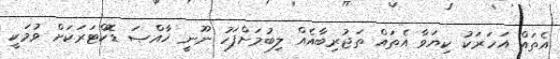
އެތައް އަހަރަކު ކިޔަވާ އެތައް ތަޖުރިބާއެއް ލިބުމަށްފަހު ނޫނީ ޚާއްޞަ ޑޮކްޓަރަކަށް ވުމަކީ